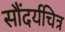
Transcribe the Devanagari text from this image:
सौंदर्यचित्र